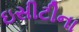
ઇસીટીના